Annual administration report of the Bombay Presidency - 1887-1892
Year: 1887
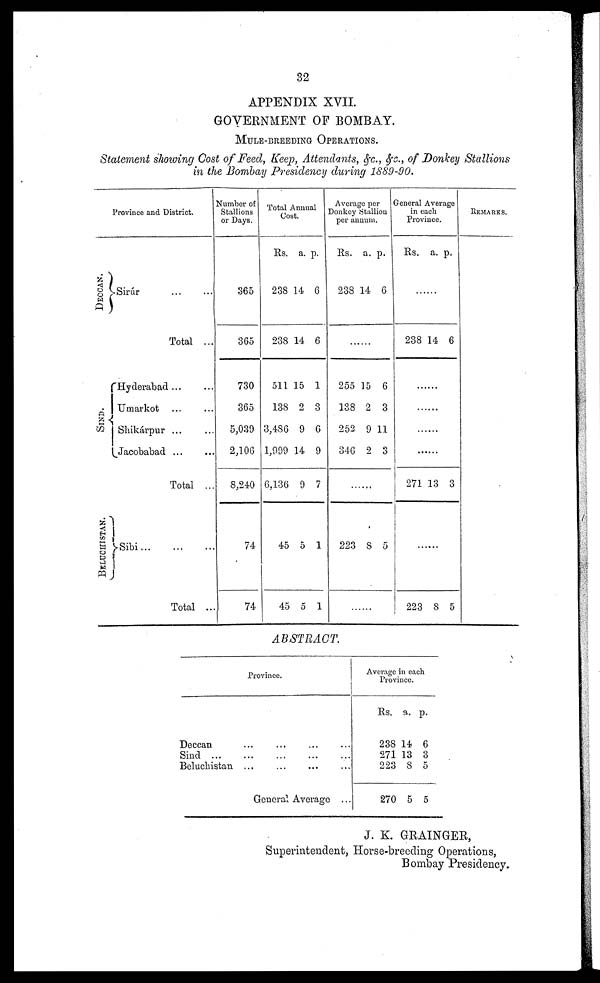
32
APPENDIX XVII.
GOVERNMENT OF BOMBAY.
MULE-BREEDING OPERATIONS.
Statement showing Cost of Feed, Keep, Attendants, &c., &c., of Donkey Stallions
in the Bombay Presidency during 1889-90.
Province and District.
DECCAN.
SI ND.
BELUCHISTAN.
Sirúr ... ...
Total ...
Hyderabad ... ...
Umarkot ... ...
Shikárpur ... ...
Jacobabad ... ...
Total ...
Sibi
...
...
...
Total ...
Number of
Stallions
or Days.
365
365
730
365
5,039
2,106
8,240
74
74
Total Annual
Cost.
Rs.
238
238
511
138
3,486
1,999
6,136
45
45
a.
14
14
15
2
9
14
9
5
5
p.
6
6
1
3
6
9
7
1
1
Average per
Donkey Stallion
per annum.
Rs.
238
a.
14
p.
6
......
255
138
252
346
15
2
9
2
6
3
11
3
......
223
8
5
......
General Average
in each
Province.
Rs. a. p.
......
238 14 6
......
......
......
......
271 13 3
......
223 8 5
REMARKS.
ABSTRACT.
Province.
Deccan
... ... ... ...
Sind ...
...
...
...
...
Beluchistan
... ... ... ...
General Average ...
Average in each
Province.
Rs.
238
271
223
270
a.
14
13
8
5
p.
6
3
5
5
J. K. GRAINGER,
Superintendent, Horse-breeding Operations,
Bombay Presidency.